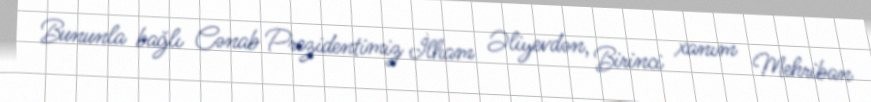
Bununla bağlı Cənab Prezidentimiz İlham Əliyevdən, Birinci xanım Mehriban